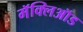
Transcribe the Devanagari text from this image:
मॅक्लिऑड